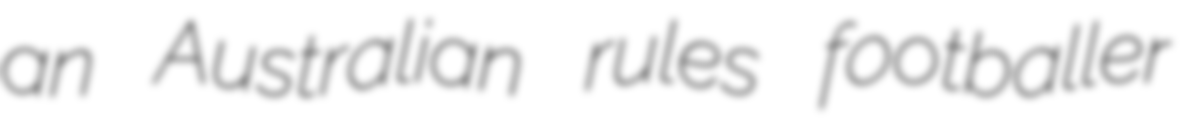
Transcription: an Australian rules footballer